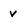
Character: v